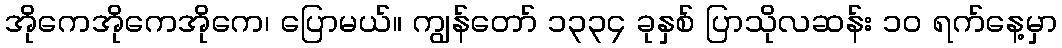
အိုကေအိုကေအိုကေ၊ ပြောမယ်။ ကျွန်တော် ၁၃၃၄ ခုနှစ် ပြာသိုလဆန်း ၁၀ ရက်နေ့မှာ